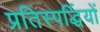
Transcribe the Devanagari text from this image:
प्रतिस्पर्द्धियों